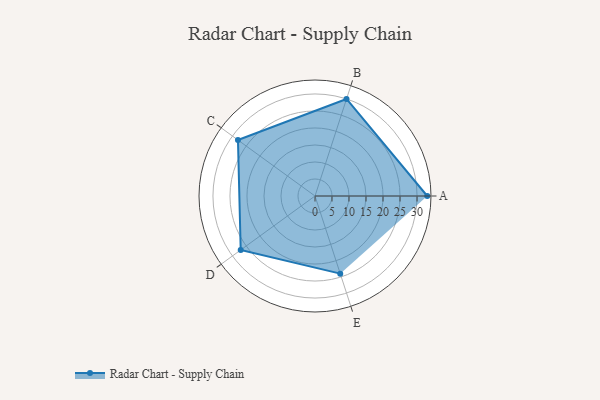
{"axis": {"x": "Skill", "y": "Score"}, "legend": ["Profile"], "data": [{"x": "A", "y": 33.0, "type": "Profile"}, {"x": "B", "y": 30.0, "type": "Profile"}, {"x": "C", "y": 28.0, "type": "Profile"}, {"x": "D", "y": 27.0, "type": "Profile"}, {"x": "E", "y": 24.0, "type": "Profile"}]}